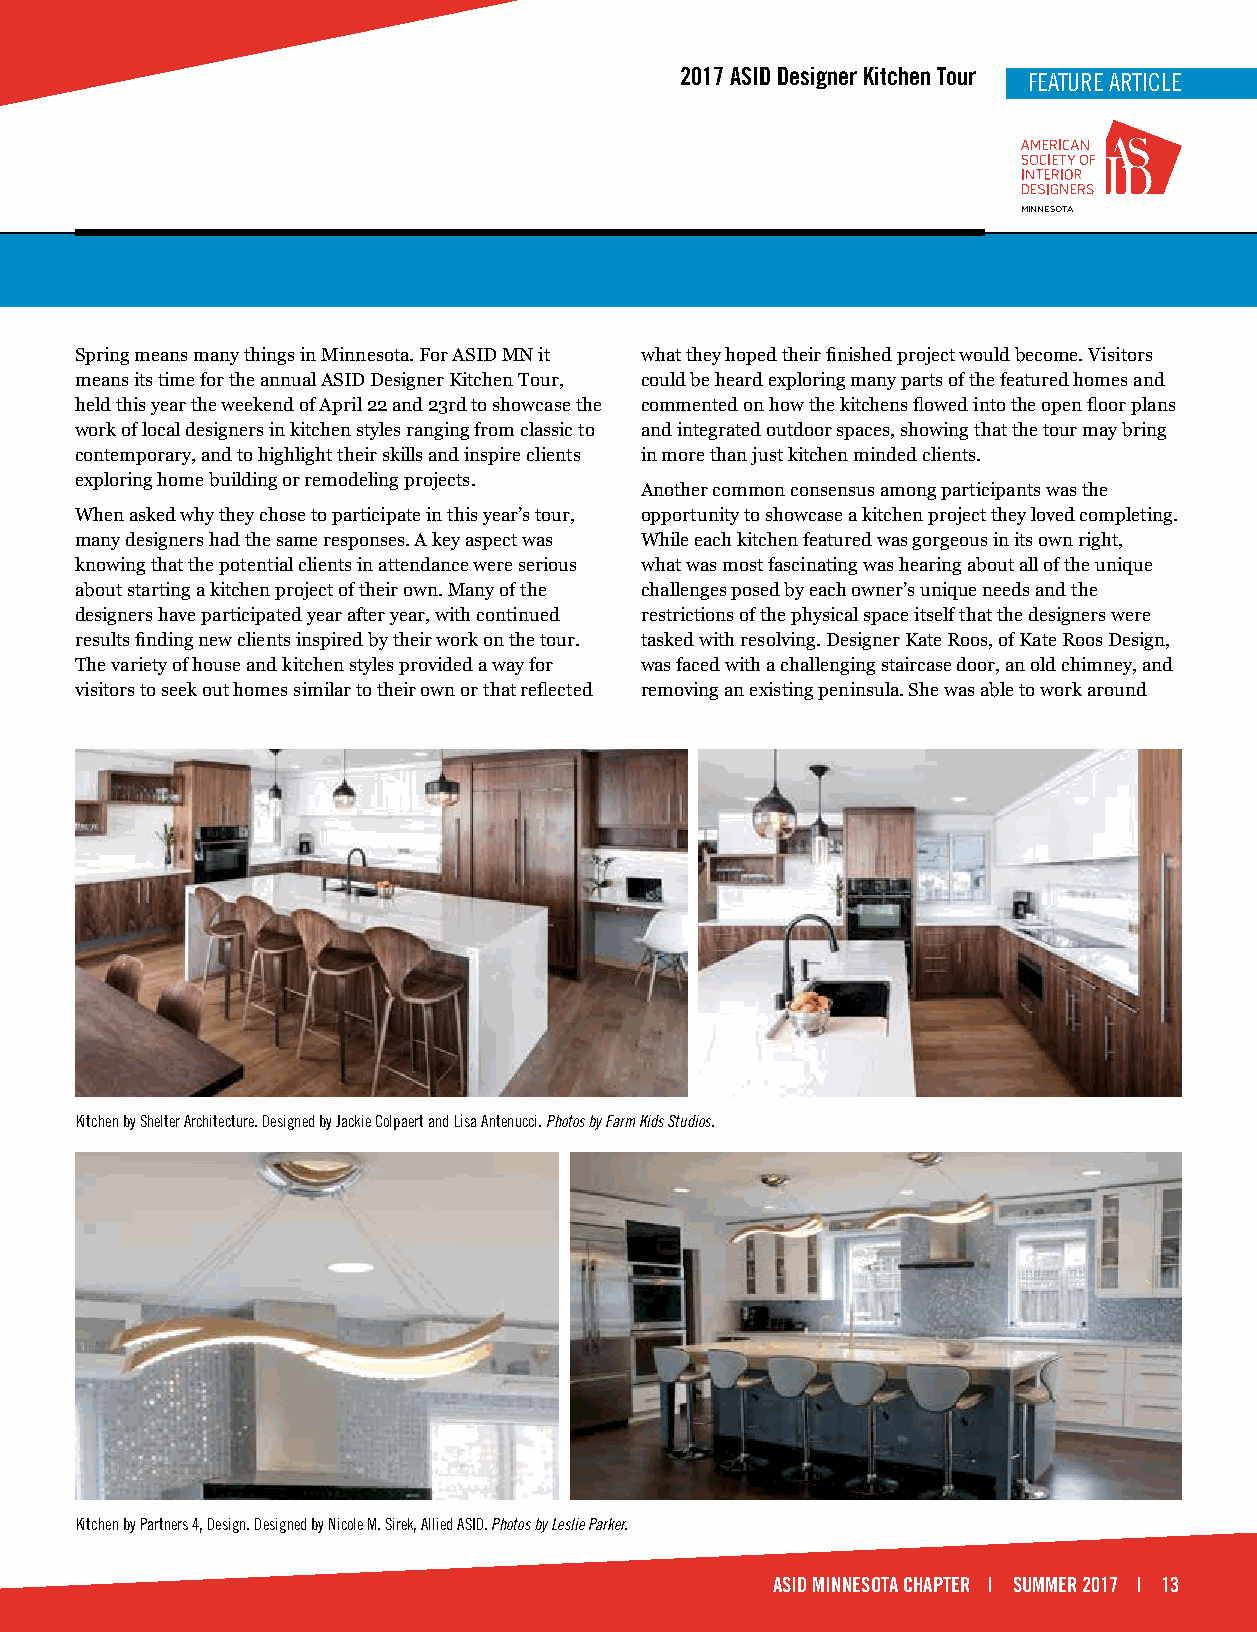
2017 ASID Designer Kitchen Tour FFEEAATTUURREE AARRTTIICCLLEE
 MINNESOTA
 Spring means many things in Minnesota. For ASID MN it what they hoped their finished project would become. Visitors
 means its time for the annual ASID Designer Kitchen Tour, could be heard exploring many parts of the featured homes and
 held this year the weekend of April 22 and 23rd to showcase the commented on how the kitchens flowed into the open floor plans
 work of local designers in kitchen styles ranging from classic to and integrated outdoor spaces, showing that the tour may bring
 contemporary, and to highlight their skills and inspire clients in more than just kitchen minded clients.
 exploring home building or remodeling projects.
 Another common consensus among participants was the
 When asked why they chose to participate in this year’s tour, opportunity to showcase a kitchen project they loved completing.
 many designers had the same responses. A key aspect was While each kitchen featured was gorgeous in its own right,
 knowing that the potential clients in attendance were serious what was most fascinating was hearing about all of the unique
 about starting a kitchen project of their own. Many of the challenges posed by each owner’s unique needs and the
 designers have participated year after year, with continued restrictions of the physical space itself that the designers were
 results finding new clients inspired by their work on the tour. tasked with resolving. Designer Kate Roos, of Kate Roos Design,
 The variety of house and kitchen styles provided a way for was faced with a challenging staircase door, an old chimney, and
 visitors to seek out homes similar to their own or that reflected removing an existing peninsula. She was able to work around
 Kitchen by Shelter Architecture. Designed by Jackie Colpaert and Lisa Antenucci. Photos by Farm Kids Studios.
 Kitchen by Partners 4, Design. Designed by Nicole M. Sirek, Allied ASID. Photos by Leslie Parker.
 ASID MINNESOTA CHAPTER | SUMMER 2017 | 13